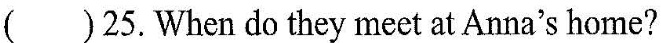
()25.When do they meet at Anna's home?